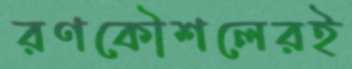
রণকৌশলেরই